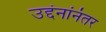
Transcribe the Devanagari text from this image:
उद्दंनांनंतर